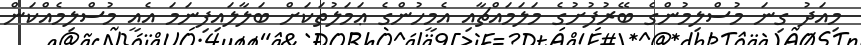
މިއަދު ގިނަ މުސްލިމުންގެ ބޭރުފުށުގެ މަލަމައްޗާއި އެމީހުންގެ ޢަމަލުތަކަށް ބަލާލައިފިނަމަ އެއީ މުސްލިމެއްކަން